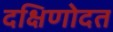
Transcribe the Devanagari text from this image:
दक्षिणोदत